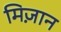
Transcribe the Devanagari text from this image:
मिज़ान